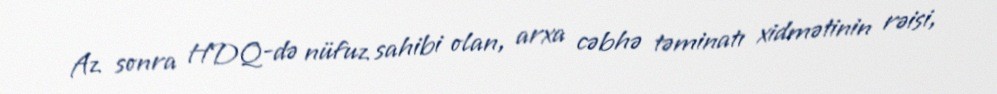
Az sonra HDQ-də nüfuz sahibi olan, arxa cəbhə təminatı xidmətinin rəisi,